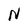
Character: N